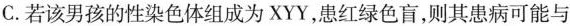
C.若该男孩的性染色体组成为XYY，患红绿色盲，则其患病可能与